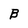
Character: B